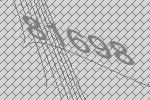
81698